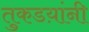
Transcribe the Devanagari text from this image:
तुकडय़ांनी